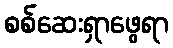
စစ်ဆေးရှာဖွေရာ